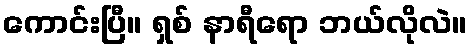
ကောင်းပြီ။ ရှစ် နာရီရော ဘယ်လိုလဲ။